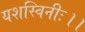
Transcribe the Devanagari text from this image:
यशस्विनीः।।